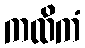
ကထိကံ